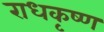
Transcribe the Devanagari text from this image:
राधकृष्ण